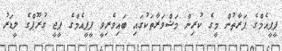
ޕީޕީއެމްގެ ފަރާތުން މީގެ ކުރިން މަޝްވަރާތަކުގައި ބައިވެރިވީ ޕީޕީއެމްގެ ޕީޖީ ގުރޫޕްގެ ލީޑަރު